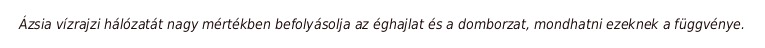
Ázsia vízrajzi hálózatát nagy mértékben befolyásolja az éghajlat és a domborzat, mondhatni ezeknek a függvénye.